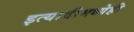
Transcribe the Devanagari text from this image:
इत्यादीमध्येही